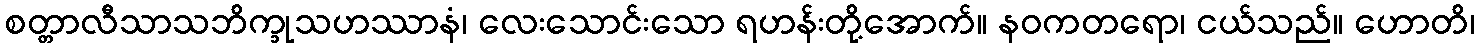
စတ္တာလီသာသဘိက္ခုသဟဿာနံ၊ လေးသောင်းသော ရဟန်းတို့အောက်။ နဝကတရော၊ ငယ်သည်။ ဟောတိ၊